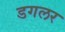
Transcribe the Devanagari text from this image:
डगलर